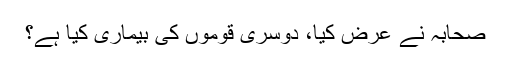
صحابہ نے عرض کیا، دوسری قوموں کی بیماری کیا ہے؟